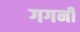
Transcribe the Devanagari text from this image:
गगनीं